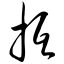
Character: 抵